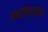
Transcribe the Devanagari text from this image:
उतराधिकारिणी